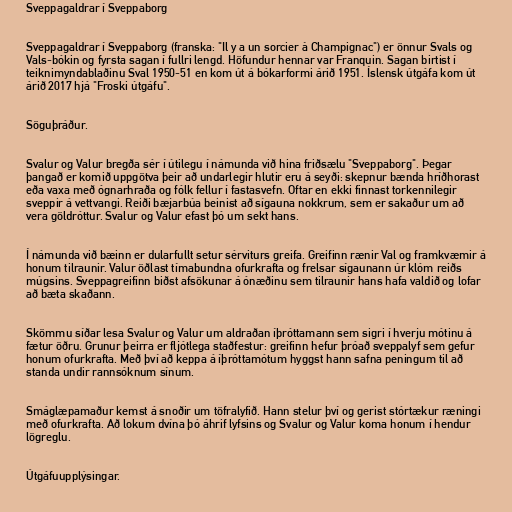
Sveppagaldrar í Sveppaborg

Sveppagaldrar í Sveppaborg (franska: "Il y a un sorcier à Champignac") er önnur Svals og
Vals-bókin og fyrsta sagan í fullri lengd. Höfundur hennar var Franquin. Sagan birtist í
teiknimyndablaðinu Sval 1950-51 en kom út á bókarformi árið 1951. Íslensk útgáfa kom út
árið 2017 hjá "Froski útgáfu".

Söguþráður.

Svalur og Valur bregða sér í útilegu í námunda við hina friðsælu "Sveppaborg". Þegar
þangað er komið uppgötva þeir að undarlegir hlutir eru á seyði: skepnur bænda hríðhorast
eða vaxa með ógnarhraða og fólk fellur í fastasvefn. Oftar en ekki finnast torkennilegir
sveppir á vettvangi. Reiði bæjarbúa beinist að sígauna nokkrum, sem er sakaður um að
vera göldróttur. Svalur og Valur efast þó um sekt hans.

Í námunda við bæinn er dularfullt setur sérviturs greifa. Greifinn rænir Val og framkvæmir á
honum tilraunir. Valur öðlast tímabundna ofurkrafta og frelsar sígaunann úr klóm reiðs
múgsins. Sveppagreifinn biðst afsökunar á ónæðinu sem tilraunir hans hafa valdið og lofar
að bæta skaðann.

Skömmu síðar lesa Svalur og Valur um aldraðan íþróttamann sem sigri í hverju mótinu á
fætur öðru. Grunur þeirra er fljótlega staðfestur: greifinn hefur þróað sveppalyf sem gefur
honum ofurkrafta. Með því að keppa á íþróttamótum hyggst hann safna peningum til að
standa undir rannsóknum sínum.

Smáglæpamaður kemst á snoðir um töfralyfið. Hann stelur því og gerist stórtækur ræningi
með ofurkrafta. Að lokum dvína þó áhrif lyfsins og Svalur og Valur koma honum í hendur
lögreglu.

Útgáfuupplýsingar.